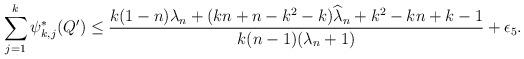
LaTeX: \begin{align*}\sum_{j=1}^{k} \psi_{k,j}^{\ast}(Q^{\prime})\leq \frac{k(1-n)\lambda_{n}+(kn+n-k^{2}-k)\widehat{\lambda}_{n}+k^2-kn+k-1}{k(n-1)(\lambda_{n}+1)}+\epsilon_{5}.\end{align*}